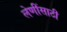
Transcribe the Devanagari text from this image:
लेणींसाठी